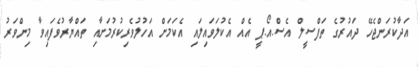
އަދާކުރަންޖެހޭ ދައުރުގެ ތަފްސީލް އެސް.އޯ.ޕީ އެއް އެކުލަވައިލައި އެކަމަށް އަހުލުވެރިކުރުމަށާއި ތައްޔާރުވެފައިވާ މިންވަރު